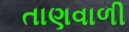
તાણવાળી